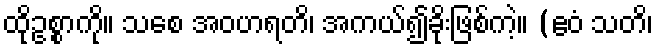
ထိုဥစ္စာကို။ သစေ အဝဟရတိ၊ အကယ်၍ခိုးဖြစ်ကဲ့။ (ဧဝံ သတိ၊